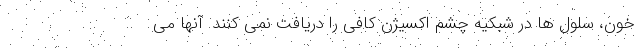
خون، سلول ها در شبکیه چشم اکسیژن کافی را دریافت نمی کنند. آنها می